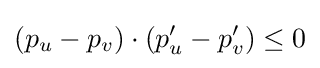
(p_{u}-p_{v})\cdot (p'_{u}-p'_{v})\leq 0